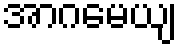
အာဂမေယျ